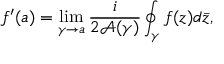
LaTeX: f ^ { \prime } ( a ) = \operatorname* { l i m } _ { \gamma \to a } { \frac { i } { 2 { \mathcal { A } } ( \gamma ) } } \oint _ { \gamma } f ( z ) d { \bar { z } } ,